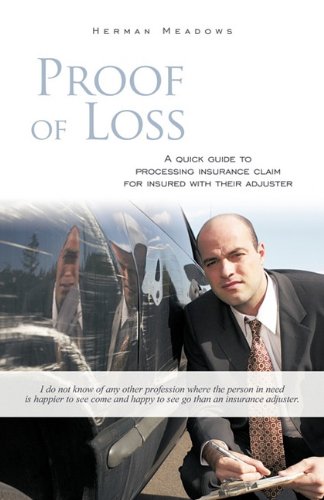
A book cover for Proof of Loss: A Quick Guide to Processing Insurance Claim for Insured with Their Adjuster; Herman Meadows; Engineering & Transportation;